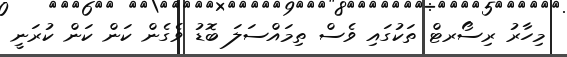
މިހާރު ރިސޯރޓް ތަކުގައި ވެސް ތިމައްސަލަ ބޮޑު ވެގެން ކަން ކަން ކުރަނީ